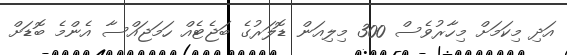
އަދި މިކަމަށް މިހާރުވެސް 300 މިލިއަން ޑޮލަރުގެ ބަޖެޓެއް ހަމަޖައްސާ އެންމެ ބޮޑަށް